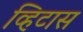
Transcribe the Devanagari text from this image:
व्हिटास